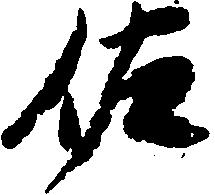
佐